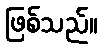
ဖြစ်သည်။